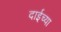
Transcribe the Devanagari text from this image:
दाईच्या